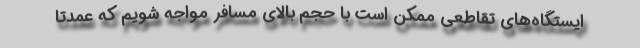
ایستگاه‌های تقاطعی ممکن است با حجم بالای مسافر مواجه شویم که عمدتاً